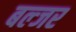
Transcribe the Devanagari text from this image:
बल्जर